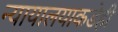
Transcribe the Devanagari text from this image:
न्यायालयाकडेही